Indian journal of veterinary science and animal husbandry - Volume 11,
Year: 1941
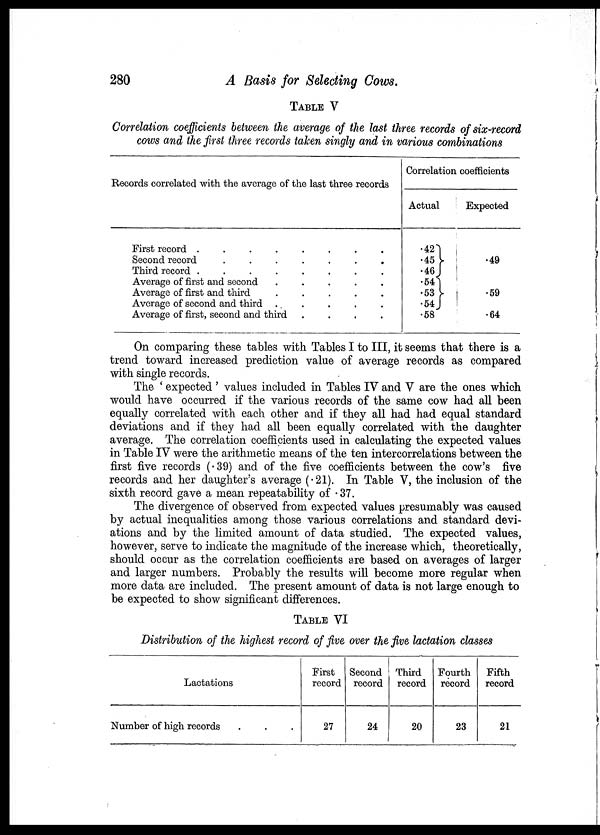
280
A Basis for Selecting Cows.
TABLE V
Correlation coefficients between the average of the last three records of six-record
cows and the first three records taken singly and in various combinations
Records correlated with the average of the last three records
First record
.
.
.
.
.
.
.
.
.
Second record
.
.
.
.
.
.
.
.
Third record
.
.
.
.
.
.
.
.
Average of first and second
.
.
.
.
.
Average of first and third
.
.
.
.
.
Average of second and third . . . . .
Average of first, second and third
.
.
.
.
Correlation coefficients
Actual
.42
.45
.46
.54
.53
.54
.58
Expected
.49
.59
.64
On comparing these tables with Tables I to III, it seems that there is a
trend toward increased prediction value of average records as compared
with single records.
The ' expected ' values included in Tables IV and V are the ones which
would have occurred if the various records of the same cow had all been
equally correlated with each other and if they all had had equal standard
deviations and if they had all been equally correlated with the daughter
average. The correlation coefficients used in calculating the expected values
in Table IV were the arithmetic means of the ten intercorrelations between the
first five records (.39) and of the five coefficients between the cow's five
records and her daughter's average (.21). In Table V, the inclusion of the
sixth record gave a mean repeatability of .37.
The divergence of observed from expected values presumably was caused
by actual inequalities among those various correlations and standard devi-
ations and by the limited amount of data studied. The expected values,
however, serve to indicate the magnitude of the increase which, theoretically,
should occur as the correlation coefficients are based on averages of larger
and larger numbers. Probably the results will become more regular when
more data are included. The present amount of data is not large enough to
be expected to show significant differences.
TABLE VI
Distribution of the highest record of five over the five lactation classes
Lactations
Number of high records . . .
First
record
27
Second
record
24
Third
record
20
Fourth
record
23
Fifth
record
21